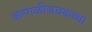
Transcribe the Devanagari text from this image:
करंगळीजवळच्या